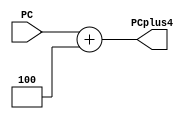
module PC_adder(
input [31:0] PC,
output [31:0] PCplus4);
assign PCplus4 = PC + 4;
endmodule